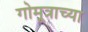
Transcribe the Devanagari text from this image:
गोमूत्राच्या